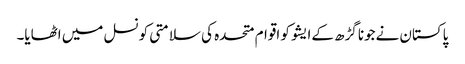
پاکستان نےجونا گڑھ کےایشو کو اقوام متحدہ کی سلامتی کونسل میں اٹھایا۔